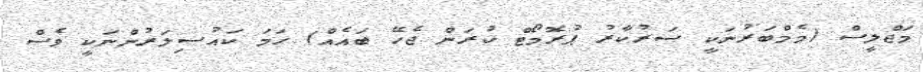
މަޖްލީސް (މެމްބަރުނަކީ ސަރުކާރު ޕުރޮމޯޓް ކުރަން ޖެހޭ ބައެއް) ހަމަ ކައުސިލަރުންނަކީ ވެސް